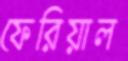
ফেরিয়াল